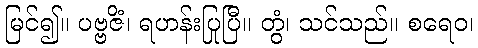
မြင်၍။ ပဗ္ဗဇိံ၊ ရဟန်းပြုပြီ။ တွံ၊ သင်သည်။ စရေဝ၊